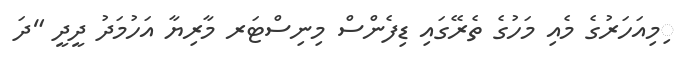
ިމިއަހަރުގެ މެއި މަހުގެ ތެރޭގައި ޑިފެންސް މިނިސްޓަރ މާރިޔާ އަހުމަދު ދީދީ "ދަ